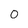
Character: O